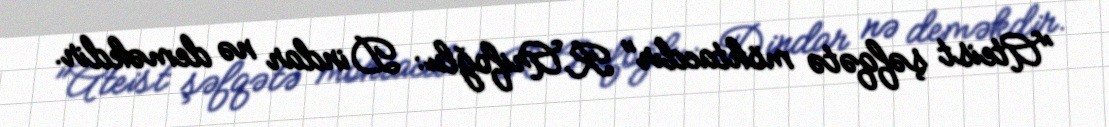
"Ateist şəfqətə möhtacdır" R.Arifoğlu: Dindar nə deməkdir.